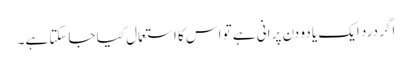
اگر درد ایک یا دو دن پرانی ہے تو اس کا استعمال کیا جاسکتا ہے۔